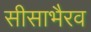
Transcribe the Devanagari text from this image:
सीसाभैरव